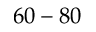
6 0 - 8 0